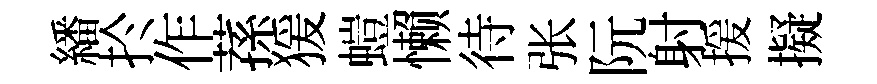
繙扵作蓀猨螘懒待张阮射援擬